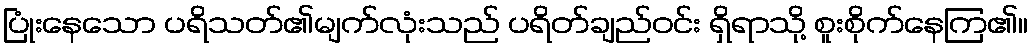
ပြုံးနေသော ပရိသတ်၏မျက်လုံးသည် ပရိတ်ချည်ဝင်း ရှိရာသို့ စူးစိုက်နေကြ၏။